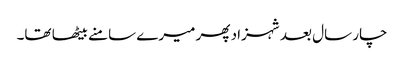
چار سال بعد شہزاد پھر میرے سامنے بیٹھا تھا۔